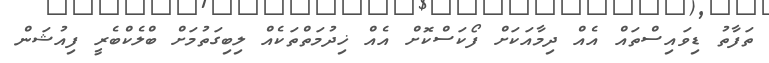
ތަފާތު ޑިވައިސްތައް އެއް ދިމާއަކަށް ފޯކަސްކޮށް އެއް ޚިދުމަތްތަކެއް ލިބިގަތުމަށް ބްލެކްބެރީ ފިއުޝަން